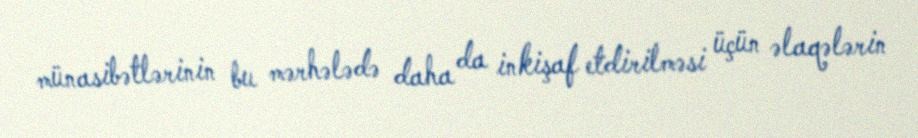
münasibətlərinin bu mərhələdə daha da inkişaf etdirilməsi üçün əlaqələrin